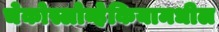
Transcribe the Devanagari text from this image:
चेकोस्लोव्हेकियामधील